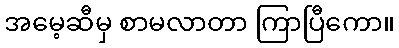
အမေ့ဆီမှ စာမလာတာ ကြာပြီကော။